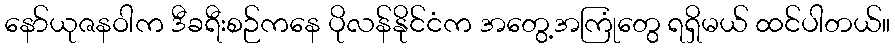
နော်ယုဇနဝါက ဒီခရီးစဉ်ကနေ ပိုလန်နိုင်ငံက အတွေ့အကြုံတွေ ရရှိမယ် ထင်ပါတယ်။